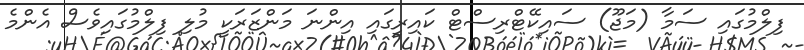
ފިލްމުގައި ސަމާ (މަޖޫ) ސައިކޭޓްރިސްޓް ކައިރީގައި އިންނަ މަންޒަރަކީ މުލި ފިލްމުގައިވެސް އެންމެ